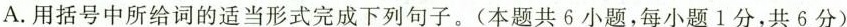
A.用括号中所给词的适当形式完成下列句子.(本题共 6小题,每小题1分,共6分)